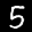
Label: 5